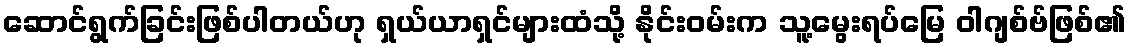
ဆောင်ရွက်ခြင်းဖြစ်ပါတယ်ဟု ရှယ်ယာရှင်များထံသို့ နိုင်းဝမ်းက သူ့မွေးရပ်မြေ ဝါဂျစ်ဗ်ဖြစ်၏